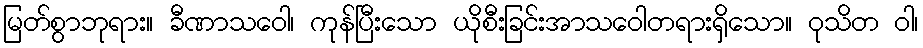
မြတ်စွာဘုရား။ ခီဏာသဝေါ၊ ကုန်ပြီးသော ယိုစီးခြင်းအာသဝေါတရားရှိသော။ ဝုသိတ ဝါ၊